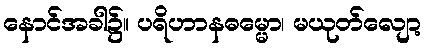
နောင်အခါ၌။ ပရိဟာနဓမ္မော၊ မယုတ်လျော့